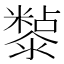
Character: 𭲲